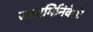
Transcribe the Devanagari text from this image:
सत्यभिनिवेशी